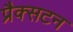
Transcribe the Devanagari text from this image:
प्रैक्सटन